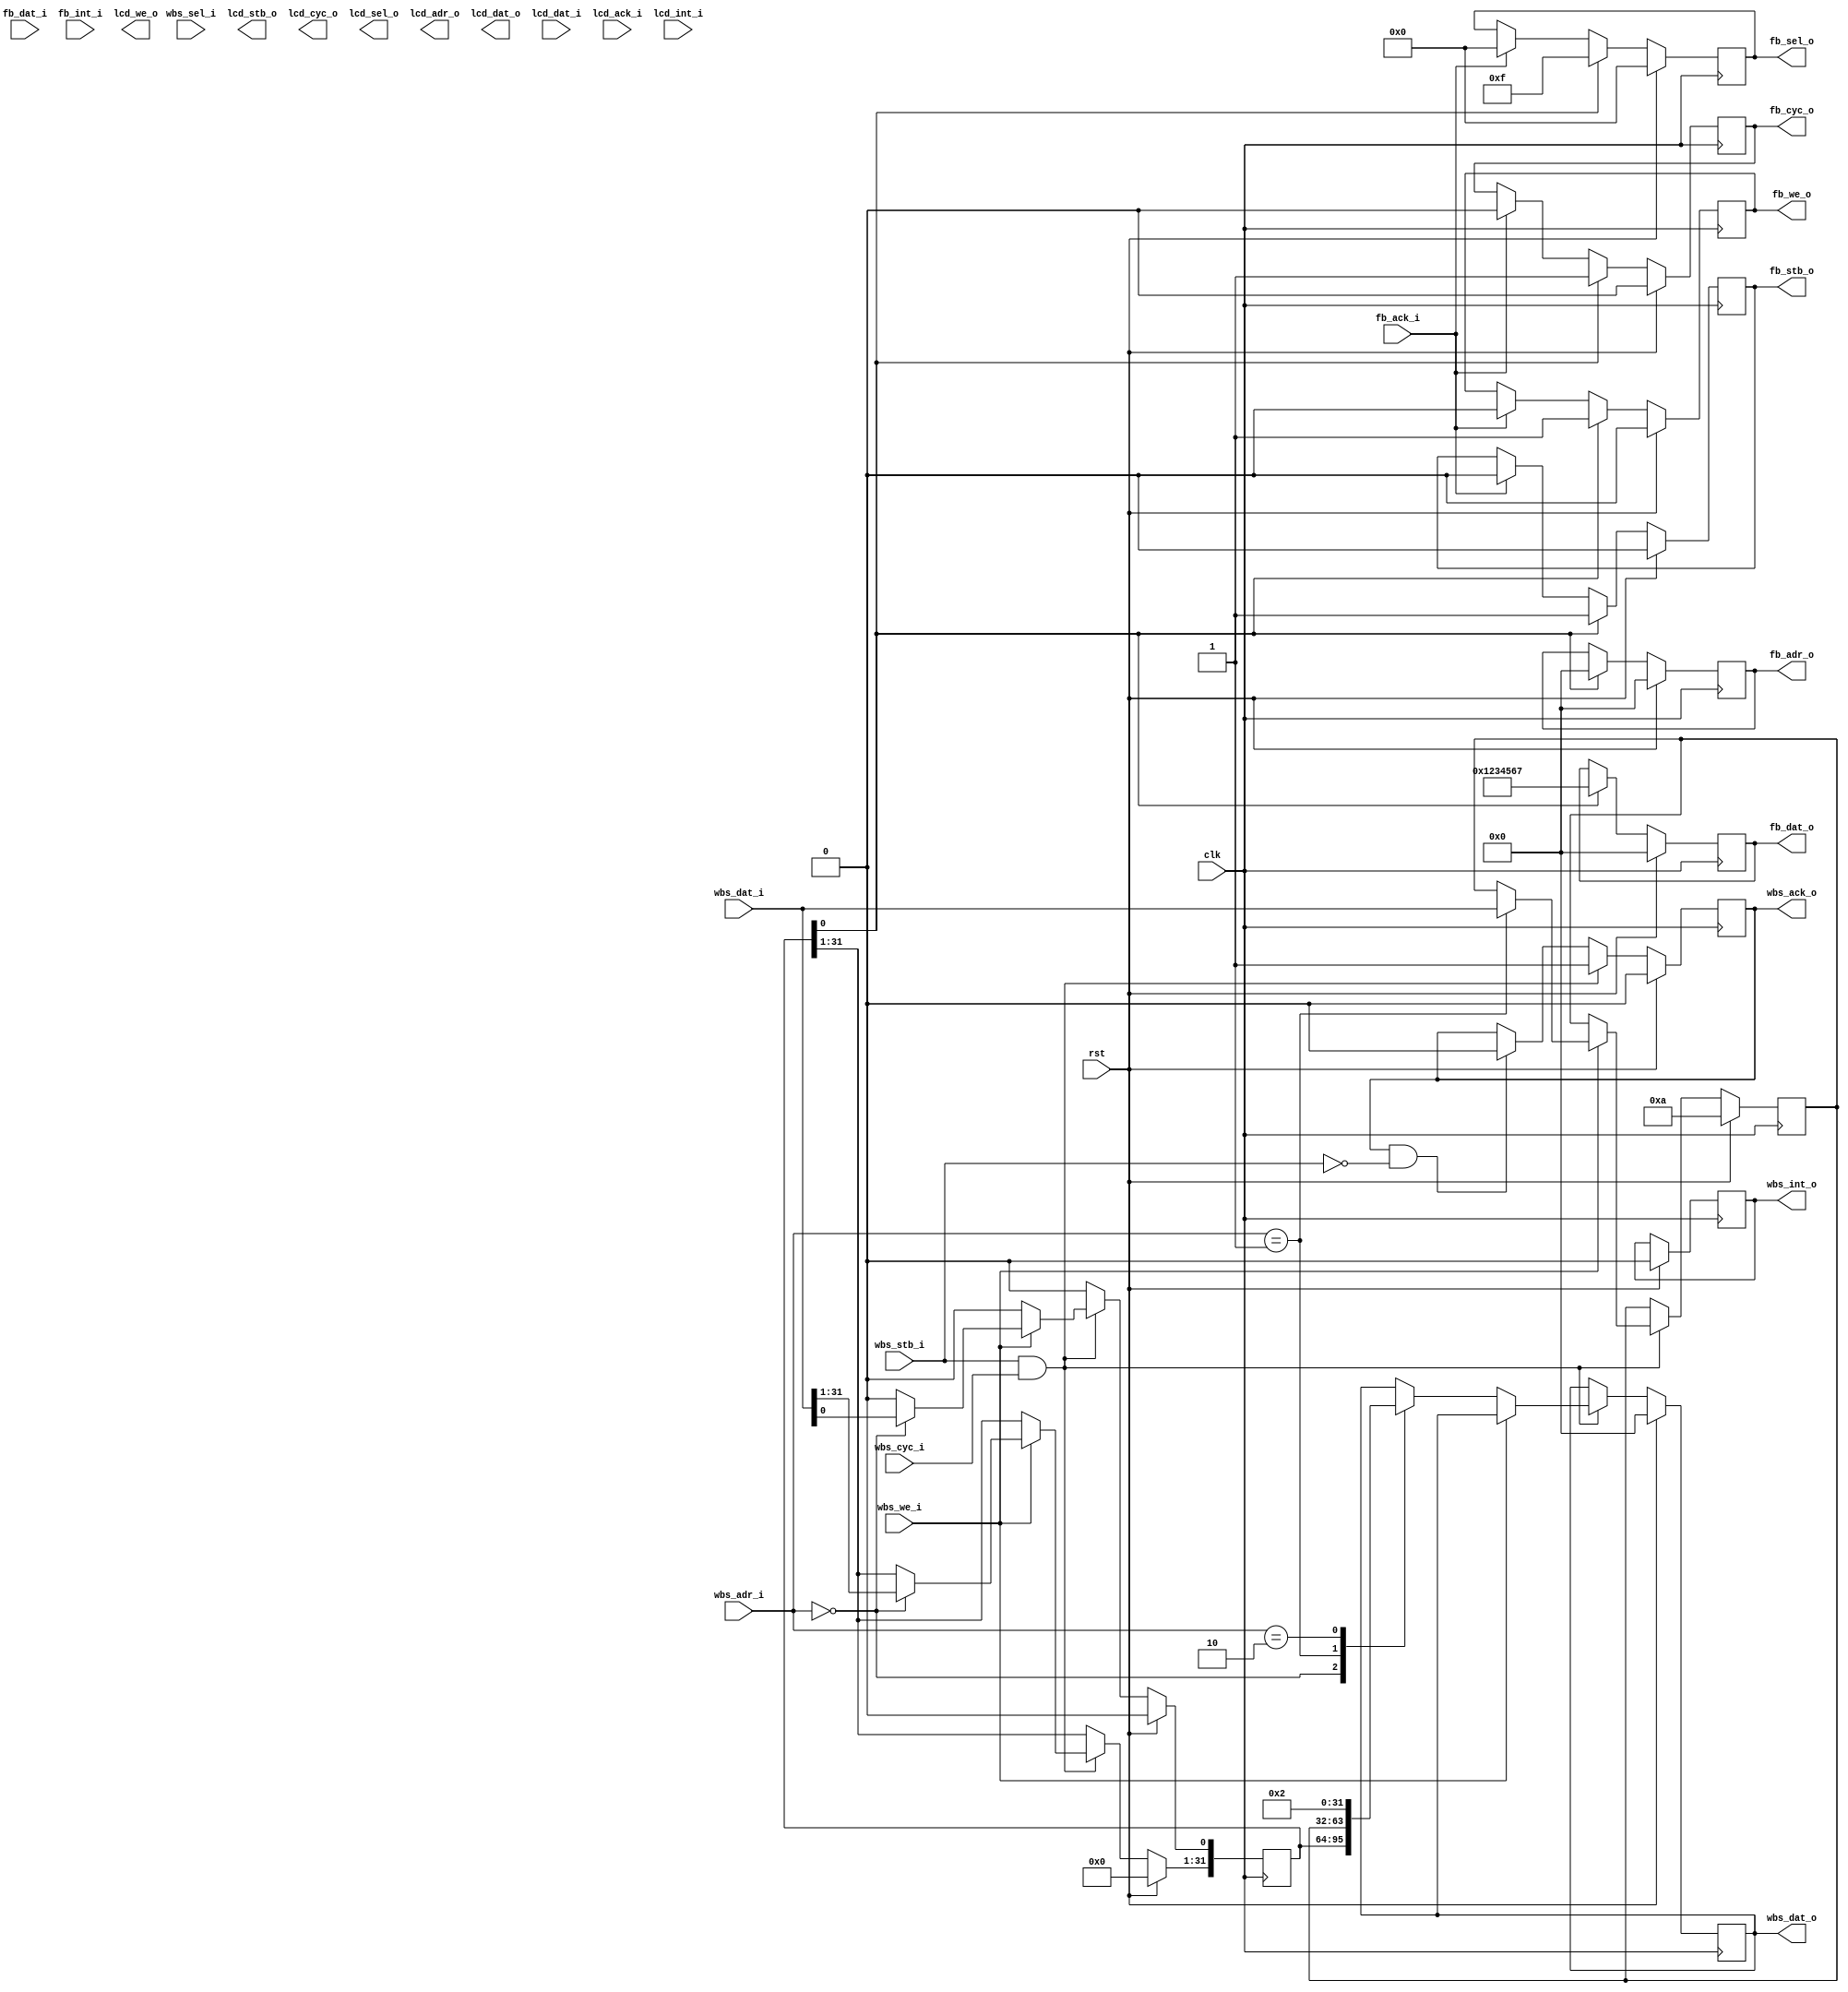
//wb_console.v
/*
Distributed under the MIT license.
Copyright (c) 2011 Dave McCoy (dave.mccoy@cospandesign.com)

Permission is hereby granted, free of charge, to any person obtaining a copy of
this software and associated documentation files (the "Software"), to deal in 
the Software without restriction, including without limitation the rights to 
use, copy, modify, merge, publish, distribute, sublicense, and/or sell copies 
of the Software, and to permit persons to whom the Software is furnished to do 
so, subject to the following conditions:

The above copyright notice and this permission notice shall be included in all 
copies or substantial portions of the Software.

THE SOFTWARE IS PROVIDED "AS IS", WITHOUT WARRANTY OF ANY KIND, EXPRESS OR 
IMPLIED, INCLUDING BUT NOT LIMITED TO THE WARRANTIES OF MERCHANTABILITY, 
FITNESS FOR A PARTICULAR PURPOSE AND NONINFRINGEMENT. IN NO EVENT SHALL THE 
AUTHORS OR COPYRIGHT HOLDERS BE LIABLE FOR ANY CLAIM, DAMAGES OR OTHER 
LIABILITY, WHETHER IN AN ACTION OF CONTRACT, TORT OR OTHERWISE, ARISING FROM, 
OUT OF OR IN CONNECTION WITH THE SOFTWARE OR THE USE OR OTHER DEALINGS IN THE 
SOFTWARE.
*/

/*
	11/02/2011
		-changed the DRT ID to 6
*/

/*
	Use this to tell sycamore how to populate the Device ROM table
	so that users can interact with your slave

	META DATA

	identification of your device 0 - 65536
	DRT_ID:6

	flags (read drt.txt in the slave/device_rom_table directory 1 means
	a standard device
	DRT_FLAGS:1

	number of registers this should be equal to the nubmer of ADDR_???
	parameters
	DRT_SIZE:3

*/

`define CONTROL_ENABLE          0 
`define CONTROL_ENABLE_TIMEOUT  1

module wb_console (
	clk,
	rst,

	//Add signals to control your device here

	wbs_we_i,
	wbs_cyc_i,
	wbs_sel_i,
	wbs_dat_i,
	wbs_stb_i,
	wbs_ack_o,
	wbs_dat_o,
	wbs_adr_i,
	wbs_int_o,

	fb_we_o,
	fb_stb_o,
	fb_cyc_o,
	fb_sel_o,
	fb_adr_o,
	fb_dat_o,
	fb_dat_i,
	fb_ack_i,
	fb_int_i,

	lcd_we_o,
	lcd_stb_o,
	lcd_cyc_o,
	lcd_sel_o,
	lcd_adr_o,
	lcd_dat_o,
	lcd_dat_i,
	lcd_ack_i,
	lcd_int_i

);

input 				      clk;
input 				      rst;

//wishbone slave signals
input 				      wbs_we_i;
input 				      wbs_stb_i;
input 				      wbs_cyc_i;
input		    [3:0]	  wbs_sel_i;
input		    [31:0]	wbs_adr_i;
input  		  [31:0]	wbs_dat_i;
output reg  [31:0]	wbs_dat_o;
output reg			    wbs_ack_o;
output reg			    wbs_int_o;

//master control signal for memory arbitration
output reg			    fb_we_o;
output reg			    fb_stb_o;
output reg			    fb_cyc_o;
output reg	[3:0]	  fb_sel_o;
output reg	[31:0]	fb_adr_o;
output reg	[31:0]	fb_dat_o;
input		    [31:0]	fb_dat_i;
input				        fb_ack_i;
input				        fb_int_i;

//master control signal for lcd arbitration
output reg			    lcd_we_o;
output reg			    lcd_stb_o;
output reg			    lcd_cyc_o;
output reg	[3:0]	  lcd_sel_o;
output reg	[31:0]	lcd_adr_o;
output reg	[31:0]	lcd_dat_o;
input		    [31:0]	lcd_dat_i;
input				        lcd_ack_i;
input				        lcd_int_i;



parameter			TIMEOUT				      =	32'd10;
//30 times a second
//parameter			TIMEOUT				    =	32'd1666666;
//60 times a second
//parameter			TIMEOUT				    =	32'd833333;

parameter			ADDR_CONTROL		    =	32'h00000000;
parameter			ADDR_TIMEOUT		    =	32'h00000001;
parameter			ADDR_UPDATE_RATE	  =	32'h00000002;
parameter			ADDR_SCREEN_WIDTH	  =	32'h00000003;
parameter			ADDR_SCREEN_HEIGHT	=	32'h00000004;
parameter			ADDR_FONT_ADDRESS	  =	32'h00000005;
parameter			ADDR_FRONT			    =	32'h00000006;
parameter			ADDR_BACK			      =	32'h00000007;


reg			    [31:0]	local_data;
reg			    [31:0]	timeout;

reg			    [31:0]	screen_width;
reg			    [31:0]	screen_height;

reg			    [31:0]	buffer_pointer;
reg			    [31:0]	front;
reg			    [31:0]	back;
reg			    [31:0]	font_address;

reg         [31:0]  control;

reg					        timeout_elapsed;

//flags
reg					        console_ready;

wire                enable_console;
wire                enable_timeout;

assign  enable_console  = control[`CONTROL_ENABLE];
assign  enable_timeout  = control[`CONTROL_ENABLE_TIMEOUT];

reg                 oneshot;



//blocks
always @ (posedge clk) begin
	if (rst) begin
		wbs_dat_o			      <= 32'h0;
		wbs_ack_o			      <= 0;
		wbs_int_o			      <= 0;

		local_data			    <= 32'h00000000;
		console_ready		    <= 0;
		timeout				      <= TIMEOUT;
    control             <=  0;

	end

	else begin
    control[`CONTROL_ENABLE]  <=  0;
		//when the master acks our ack, then put our ack down
		if (wbs_ack_o & ~ wbs_stb_i)begin
			wbs_ack_o <= 0;
		end

		if (wbs_stb_i & wbs_cyc_i) begin
			//master is requesting somethign
			if (wbs_we_i) begin
				//write request
				case (wbs_adr_i) 
					ADDR_CONTROL: begin
						//writing something to address 0
						//do something
	
						//NOTE THE FOLLOWING LINE IS AN EXAMPLE
						//	THIS IS WHAT THE USER WILL READ FROM ADDRESS 0
            control   <=  wbs_dat_i;
						local_data <= wbs_dat_i;
					end
					ADDR_TIMEOUT: begin
						//writing something to address 1
						//do something
	
						//NOTE THE FOLLOWING LINE IS AN EXAMPLE
						//	THIS IS WHAT THE USER WILL READ FROM ADDRESS 0
						$display("user wrote %h", wbs_dat_i);
						timeout			<= wbs_dat_i;
					end
					ADDR_UPDATE_RATE: begin
						//writing something to address 3
						//do something
	
						//NOTE THE FOLLOWING LINE IS AN EXAMPLE
						//	THIS IS WHAT THE USER WILL READ FROM ADDRESS 0
						$display("user wrote %h", wbs_dat_i);
					end
					//add as many ADDR_X you need here
					default: begin
					end
				endcase
			end

			else begin 
				//read request
				case (wbs_adr_i)
					ADDR_CONTROL: begin
						//read the control and status flags
						$display("user read %h", ADDR_CONTROL);
            wbs_dat_o <=  control;
					end
					ADDR_TIMEOUT: begin
						//read the timeout value
						$display("user read %h", ADDR_TIMEOUT);
						wbs_dat_o <= timeout;
					end
					ADDR_UPDATE_RATE: begin
						//read the update rate
						$display("user read %h", ADDR_UPDATE_RATE);
						wbs_dat_o <= ADDR_UPDATE_RATE;
					end
					//add as many ADDR_X you need here
					default: begin
					end
				endcase
			end
			wbs_ack_o <= 1;
		end
	end
end


//wishbone master module
always @ (posedge clk) begin
	if (rst) begin
		fb_we_o		<= 0;
		fb_stb_o 	<= 0;
		fb_cyc_o 	<= 0;
		fb_sel_o 	<= 4'h0;
		fb_adr_o	<= 32'h00000000;
		fb_dat_o	<= 32'h00000000;
	end
	else begin
		if (timeout_elapsed) begin
			$display ("write to the memory");
		end
		if (fb_ack_i) begin
			$display ("got an ack!");
			fb_stb_o	<=  0;
			fb_cyc_o	<=  0;
      fb_we_o   <=  0;
		  fb_sel_o 	<=  4'h0;
		end
		if (enable_console) begin
			$display("enable a host write! of %h", local_data);
			fb_stb_o  <= 1;
			fb_cyc_o  <= 1;
			fb_sel_o  <= 4'b1111;
			fb_we_o	  <= 1;
			fb_adr_o  <= 0;
			fb_dat_o  <= 32'h1234567;  
		end
	end
end


//timeout
reg		[31:0]	timeout_count;
always @ (posedge clk) begin
	timeout_elapsed	<= 0;
	if (rst) begin
		timeout_count	<= 32'h00000000;
	end
	else begin
		if (enable_timeout) begin
			if (timeout_count > timeout) begin
				//reached the max, reset everything
				timeout_count 	<= 32'h00000000;
				timeout_elapsed	<= 1;
				$display ("timeout!");
			end
			else begin
				timeout_count <= timeout_count + 1;
			end
		end
		else begin
			timeout_count <= 32'h00000000;
		end
	end
end

endmodule